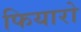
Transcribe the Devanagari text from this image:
फियारो